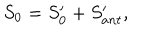
LaTeX: S _ { 0 } = S _ { 0 } ^ { \prime } + S _ { a n t } ^ { \prime } ,